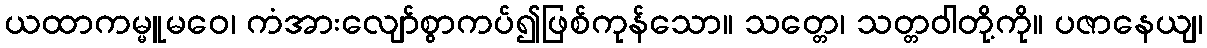
ယထာကမ္မူမဝေ၊ ကံအားလျော်စွာကပ်၍ဖြစ်ကုန်သော။ သတ္တေ၊ သတ္တဝါတို့ကို။ ပဇာနေယျ၊